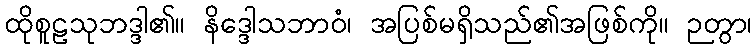
ထိုစူဠသုဘဒ္ဒါ၏။ နိဒ္ဒေါသဘာဝံ၊ အပြစ်မရှိသည်၏အဖြစ်ကို။ ဉတွာ၊